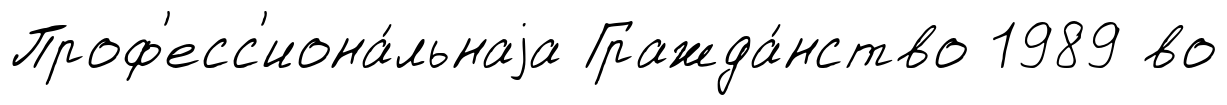
Проф'есс'иона́льнаjа Гражда́нство 1989 во